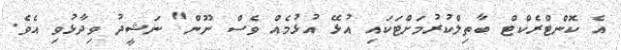
އެ ކޮންޓްރެކްޓް ބާތިލްކުރުމަށްޓަކައި އުޅޭ އުޅުމެއް ވެސް ނޫން" ނަޝީދު ވިދާޅުވި އެވެ.